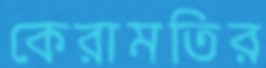
কেরামতির